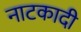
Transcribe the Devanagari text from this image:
नाटकादी